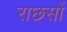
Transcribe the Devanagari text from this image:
राछसों